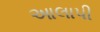
આલાપી